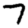
Digit: 7